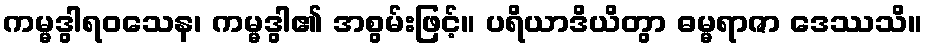
ကမ္မဒွါရဝသေန၊ ကမ္မဒွါ၏ အစွမ်းဖြင့်။ ပရိယာဒိယိတွာ ဓမ္မရာဇာ ဒေဿသိ။